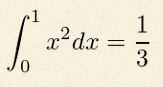
\int_0^1 x^2dx=\frac13